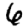
Digit: 6